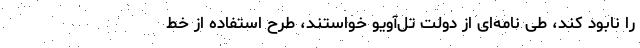
را نابود کند، طی نامه‌ای از دولت تل‌آویو خواستند، طرح استفاده از خط